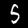
Digit: 5